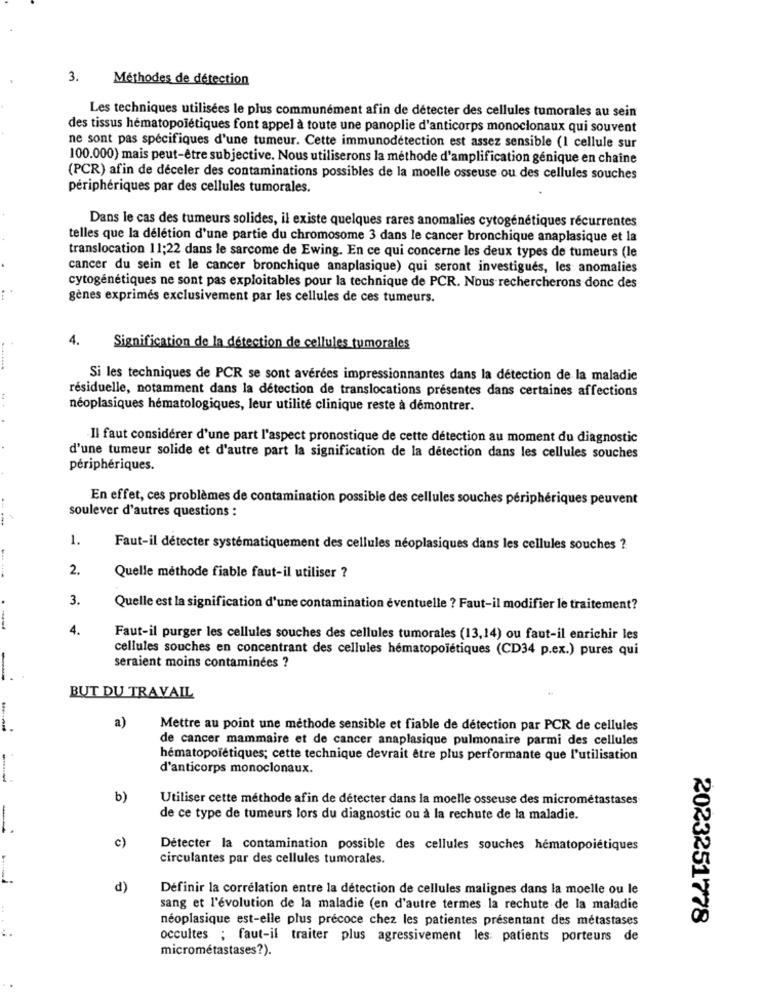
3.
Méthodes de détection
Les techniques utilisées le plus communément afin de détecter des cellules tumorales au sein
des tissus hématopoiétiques font appel à toute une panoplie d'anticorps monoclonaux qui souvent
ne sont pas spécifiques d'une tumeur. Cette immunodétection est assez sensible (I cellule sur
100.000) mais peut-être subjective. Nous utiliserons la méthode d'amplification génique en chaîne
(PCR) afin de déceler des contaminations possibles de la moelle osseuse ou des cellules souches
périphériques par des cellules tumorales.
Dans le cas des tumeurs solides, il existe quelques rares anomalies cytogénétiques récurrentes
telles que la délétion d'une partie du chromosome 3 dans le cancer bronchique anaplasique et la
translocation 11;22 dans le sarcome de Ewing. En ce qui concerne les deux types de tumeurs (le
cancer du sein et le cancer bronchique anaplasique) qui seront investigues, les anomalies
cytogénétiques ne sont pas exploitables pour la technique de PCR. Nous rechercherons donc des
gènes exprimés exclusivement par les cellules de ces tumeurs.
4.
Signification de la détection de cellules tumorales
Si les techniques de PCR se sont avérées impressionnantes dans la détection de la maladie
résiduelle, notamment dans la détection de translocations présentes dans certaines affections
néoplasiques hématologiques, leur utilité clinique reste à démontrer.
Il faut considérer d'une part l'aspect pronostique de cette détection au moment du diagnostic
d'une tumeur solide et d'autre part la signification de la détection dans les cellules souches
périphériques.
En effet, ces problèmes de contamination possible des cellules souches périphériques peuvent
soulever d'autres questions :
1.
Faut-il détecter systématiquement des cellules néoplasiques dans les cellules souches ?
2.
Quelle méthode fiable faut-il utiliser ?
3.
Quelle est la signification d'une contamination éventuelle ? Faut-il modifier le traitement?
-
4.
Faut-il purger les cellules souches des cellules tumorales (13,14) ou faut-il enrichir les
cellules souches en concentrant des cellules hématopoiétiques (CD34 p.ex.) pures qui
seraient moins contaminées ?
-
BUT DU TRAVAIL
a)
Mettre au point une méthode sensible et fiable de détection par PCR de cellules
de cancer mammaire et de cancer anaplasique pulmonaire parmi des cellules
hématopoïétiques; cette technique devrait être plus performante que l'utilisation
d'anticorps monoclonaux.
--
b)
Utiliser cette méthode afin de détecter dans la moelle osseuse des micrométastases
de ce type de tumeurs lors du diagnostic ou à la rechute de la maladie.
c)
Détecter la contamination possible des cellules souches hématopoiétiques
circulantes par des cellules tumorales.
d)
Définir la corrélation entre la détection de cellules malignes dans la moelle ou le
sang et l'évolution de la maladie (en d'autre termes la rechute de la maladie
néoplasique est-elle plus précoce chez les patientes présentant des métastases
2023251778
occultes ; faut-il traiter plus agressivement les patients porteurs de
micrométastases?).